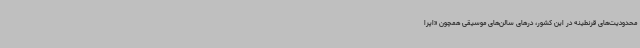
محدودیت‌های قرنطینه در این کشور، درهای سالن‌های موسیقی همچون «اپرا